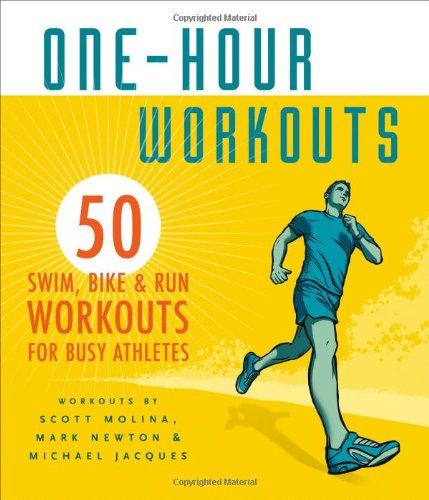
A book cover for One-Hour Workouts: 50 Swim, Bike, and Run Workouts for Busy Athletes; Health, Fitness & Dieting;